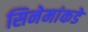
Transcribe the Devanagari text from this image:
सिनेमांकडे